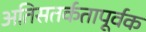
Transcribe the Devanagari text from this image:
अतिसतर्कतापूर्वक